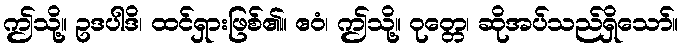
ဤသို့။ ဥဒပါဒိ၊ ထင်ရှားဖြစ်၏။ ဧဝံ၊ ဤသို့။ ဝုတ္တေ၊ ဆိုအပ်သည်ရှိသော်။